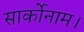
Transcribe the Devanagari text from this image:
सार्कोनाम।